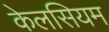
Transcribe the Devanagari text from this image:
केलसियम